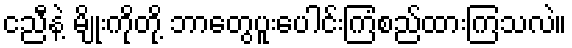
ငညီနဲ့ မျိုးကိုတို့ ဘာတွေပူးပေါင်းကြံစည်ထားကြသလဲ။